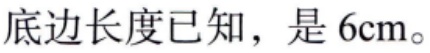
底边长度已知，是 \(6\text{cm}\)。